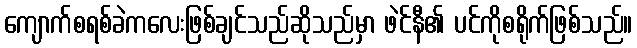
ကျောက်စရစ်ခဲကလေးဖြစ်ချင်သည်ဆိုသည်မှာ ဖဲင်နီ၏ ပင်ကိုစရိုက်ဖြစ်သည်။